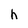
Character: h